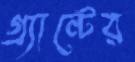
গ্র্যান্টের